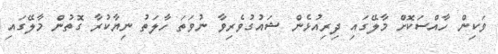
ވަކިން ހާއްސަކޮށް މާލޭގައި ދިރިއުޅެން ޝައުގުވެރިވާ ނުވަތަ ހާލަތު ނިޔާކުރާ ގޮތުން މާލޭގައި